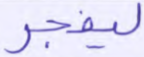
ليفجر